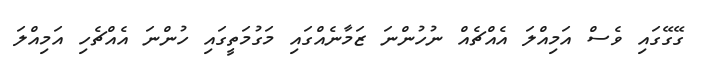
ގޭގޭގައި ވެސް އަމިއްލަ އެއްޗެއް ނުހުންނަ ޒަމާނެއްގައި މަގުމަތީގައި ހުންނަ އެއްޗެހި އަމިއްލަ